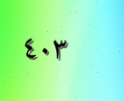
٤٠٣